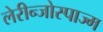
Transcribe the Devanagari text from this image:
लेरीन्जोस्पाज्म